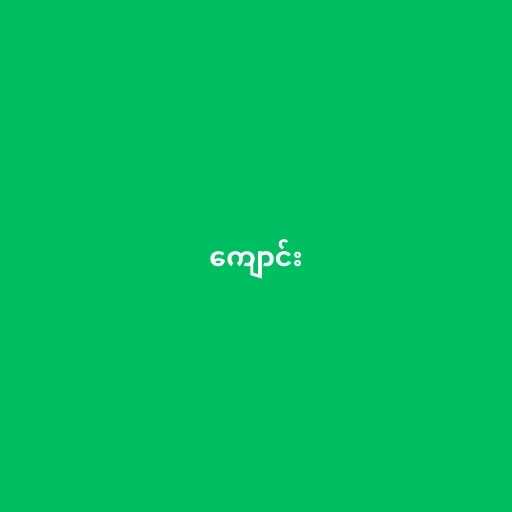
ကျောင်း